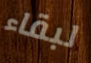
لبقاء